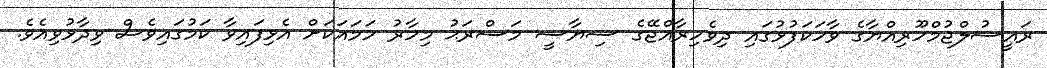
ރައީސުލްޖުމްހޫރިއްޔާގެ ވާހަކަފުޅުގައި ދިވެހިރާއްޖޭގެ ސިޔާސީ މަސްރަޙު މިހާރު ހަމައަކަށް އެޅިފައިވާ ކަމުގައިވެސް ވިދާޅުވިއެވެ.